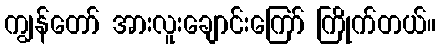
ကျွန်တော် အားလူးချောင်းကြော် ကြိုက်တယ်။